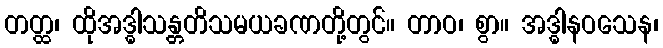
တတ္ထ၊ ထိုအဒ္ဓါသန္တတိသမယခဏတို့တွင်။ တာဝ၊ စွာ။ အဒ္ဓါနဝသေန၊